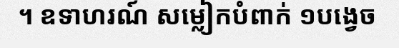
។ ឧទាហរណ៍ សម្លៀកបំពាក់ ១បង្វេច